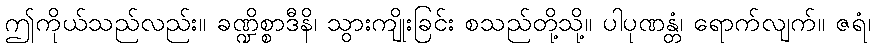
ဤကိုယ်သည်လည်း။ ခဏ္ဍိစ္စာဒီနိ၊ သွားကျိုးခြင်း စသည်တို့သို့။ ပါပုဏန္တံ၊ ရောက်လျက်။ ဇရံ၊